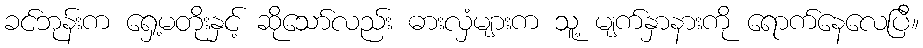
ခင်ဘုန်းက ရှေ့မတိုးနှင့် ဆိုသော်လည်း ဓားလှံများက သူ့ မျက်နှာနားကို ရောက်နေလေပြီ။